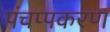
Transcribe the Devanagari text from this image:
पंचप्पकरण